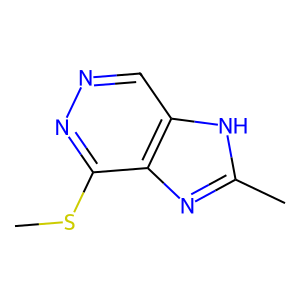
SMILES: CSc1nncc2[nH]c(C)nc12
Inhibits HIV replication: No